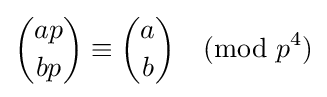
{ap \choose bp}\equiv {a \choose b}{\pmod {p^{4}}}